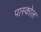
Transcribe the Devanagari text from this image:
पास्कोल